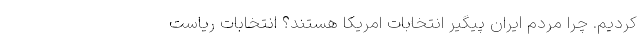
کردیم. چرا مردم ایران پیگیر انتخابات امریکا هستند؟ انتخابات ریاست